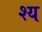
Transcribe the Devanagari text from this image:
श्य